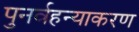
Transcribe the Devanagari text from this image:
पुनर्वहन्‍याकरण